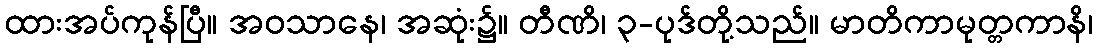
ထားအပ်ကုန်ပြီ။ အဝသာနေ၊ အဆုံး၌။ တီဏိ၊ ၃-ပုဒ်တို့သည်။ မာတိကာမုတ္တကာနိ၊